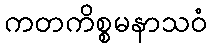
ကတကိစ္စမနာသဝံ